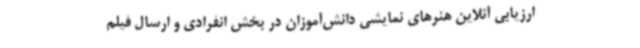
ارزیابی آنلاین هنرهای نمایشی دانش‌آموزان در بخش انفرادی و ارسال فیلم